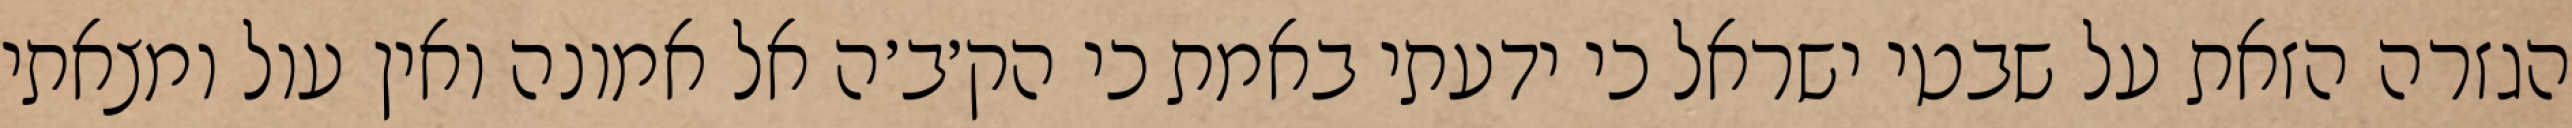
הגזרה הזאת על שבטי ישראל כי ידעתי באמת כי הק׳ב׳ה אל אמונה ואין עול ומצאתי